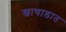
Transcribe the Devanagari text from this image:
खाचाडात